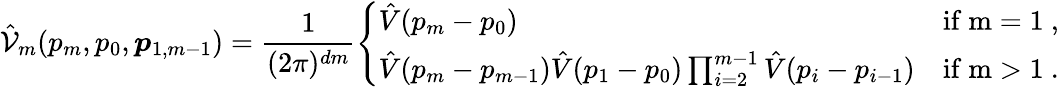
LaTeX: \hat{\mathcal{V}}_{m}(p_{m},p_{0},\boldsymbol{p}_{1,m-1})=\frac{1}{(2\pi)^{dm}}\left\{ \begin{array}{ll}{\hat{V}(p_{m}-p_{0})}&{\mathrm{if~m=1~,}}\\ {\hat{V}(p_{m}-p_{m-1})\hat{V}(p_{1}-p_{0})\prod_{i=2}^{m-1}\hat{V}(p_{i}-p_{i-1})}&{\mathrm{if~m>1~.}}\end{array}\right.